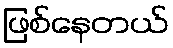
ဖြစ်နေတယ်